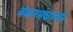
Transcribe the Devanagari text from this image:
बंकरमधल्या